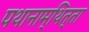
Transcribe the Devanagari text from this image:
पथानाम्थित्ता